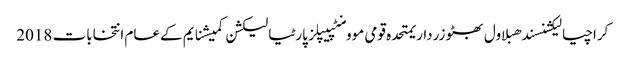
کراچیالیکشنسندھبلاول بھٹو زرداریمتحدہ قومی موومنٹپیپلز پارٹیالیکشن کمیشنایم کےعام انتخابات 2018